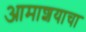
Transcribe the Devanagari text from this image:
आमाशयाचा